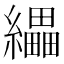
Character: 𦇄